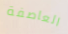
العاصفة